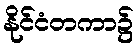
နိုင်ငံတကာ၌